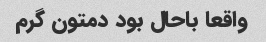
واقعا باحال بود دمتون گرم